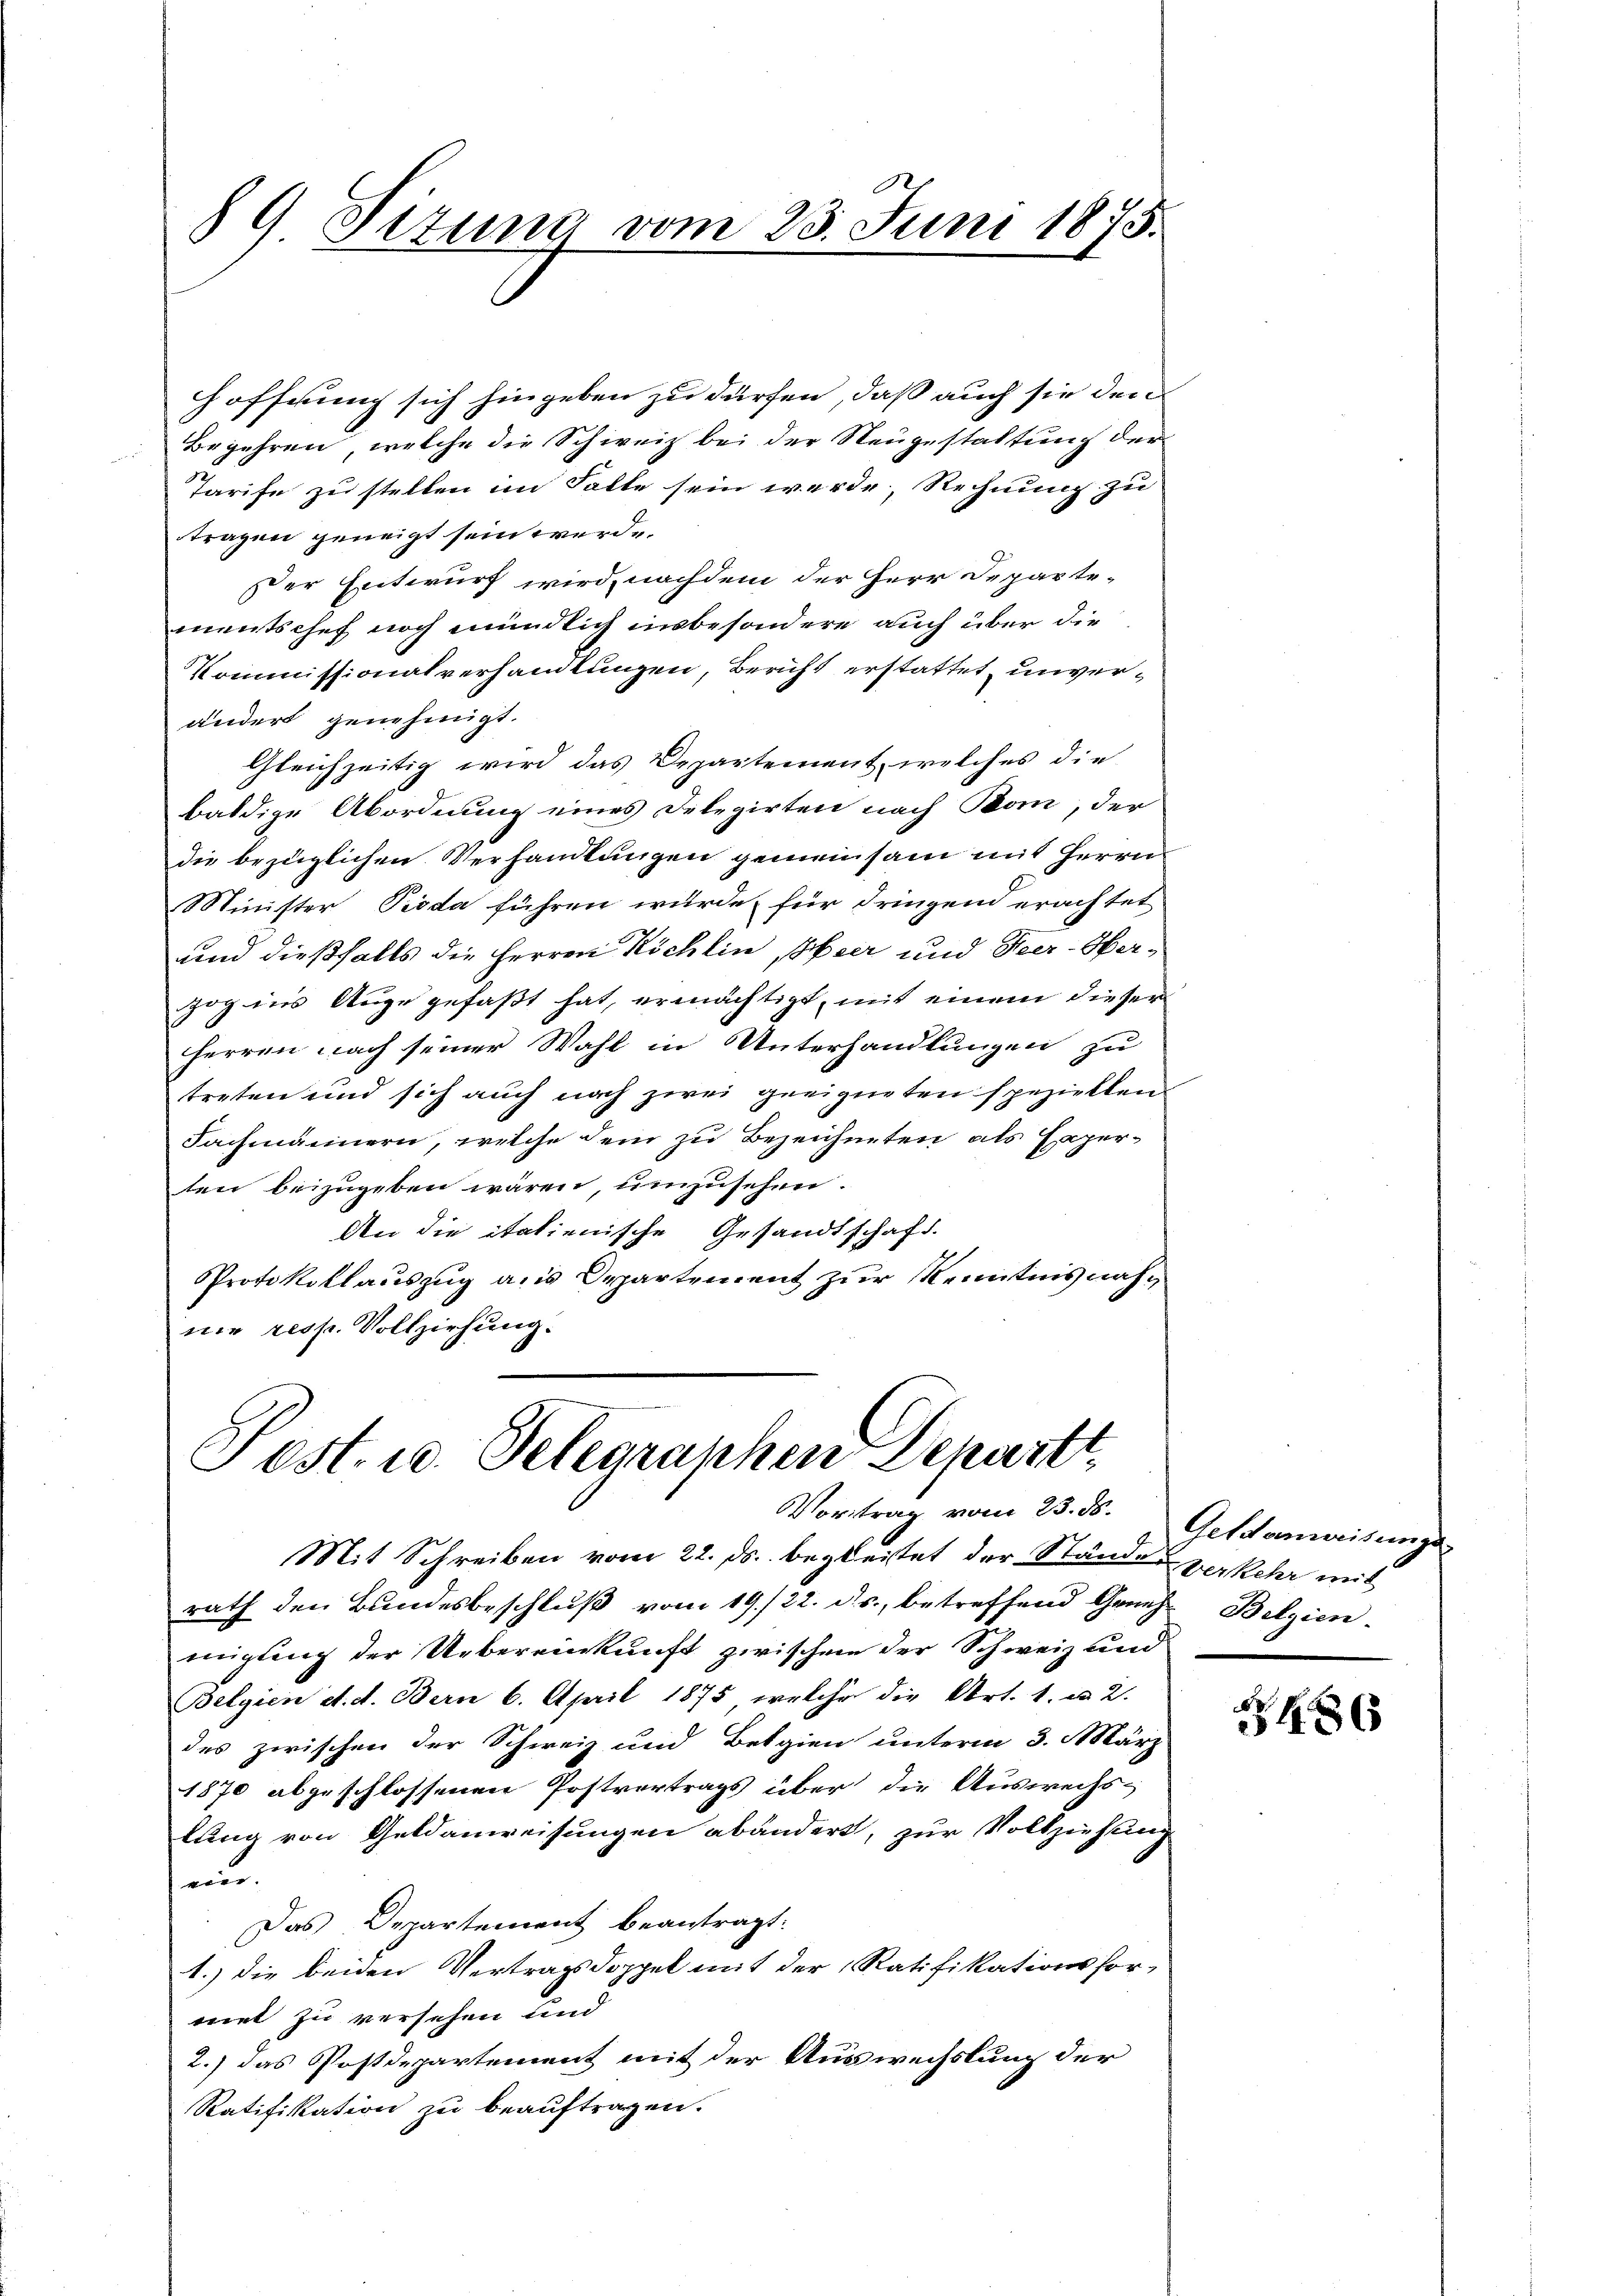
89 Setzung vom 23. Juni 1875.

Hoffnung sich hingeben zu dürfen, daß auch sie den
Begehren, welche die Schweiz bei der Neugestattung der
Tarife zu stellen im Falle sein werde, Rechnung zu
tragen geneigt sein werde
Der Entwurf wird, nachdem der Herr Departementschef noch mündlich insbesondere auch über die
Kommissionalverhandlungen, Bericht erstattet unverändert genehmigt.
Gleichzeitig wird das Departement, welches die
baldige Abordnung eines Delegirten nach Bon, der
die bezüglichen Verhandlungen gemeinsam mit Herrn
Minister Pioda führen wurde, für dringend erachtet
und dießfalls die Herren Köchlin, Obser und Heer-Herzog ins Auge gefaßt hat, ermächtigt, mit einem dieser
herren nach seiner Wahl in Unterhandlungen zu
treten und sich auch noch zwei geeigneten speziellen
Fachmännern, welche dem zu Bezeichneten als Experten beizugeben wären, umzusehen.
An die italienische Gesandtschaft.
Protokollauszug aus Departement zur Kenntnis nahnie resp. Vollziehung.
Post- u. Telegranken Departt
Vortrag vom 23. ds. Geldanweisungs
Mit Schreiben vom 22. ds. begleitet der Stände verkehr mit
rath den Bundesbeschluß vom 19./22. ds., betreffend Grund Belgien
migung der Uebereinkunft zwischen der Schweiz und
Belgien et. d. Bern 6. April 1875 welche die Art. 1. u 2.
des zwischen der Schweiz und Belgien unterm 3. März
1870 abgeschlossenen Postvertrags über die Auswechs-
lung von Geldanweisungen abändert, zur Vollziehung
un
Das Departement beantragt:
1.) die beiden Vertragsdoppel mit der Ratifikationshor-
met zu versehen und
2.) das Postdepartement mit der Auswechslung der
Ratifikation zu beauftragen.

486